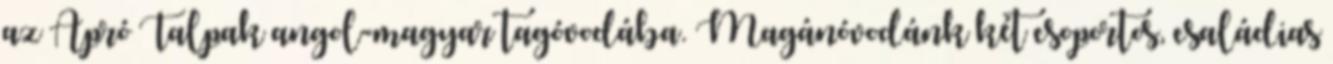
az Apró Talpak angol-magyar tagóvodába. Magánóvodánk két csoportos, családias